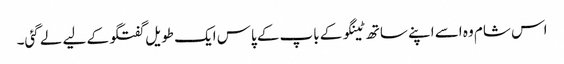
اس شام وہ اسے اپنے ساتھ ٹینگو کے باپ کے پاس ایک طویل گفتگو کے لیے لے گئی۔